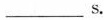
___s.